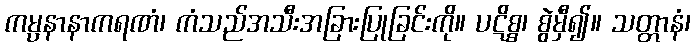
ကမ္ပနာနာကရဏံ၊ ကံသည်အသီးအခြားပြုခြင်းကို။ ပဋိစ္စ၊ စွဲမှီ၍။ သတ္တာနံ၊